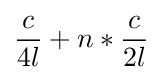
{c \over {4l}}+{n*{c \over {2l}}}